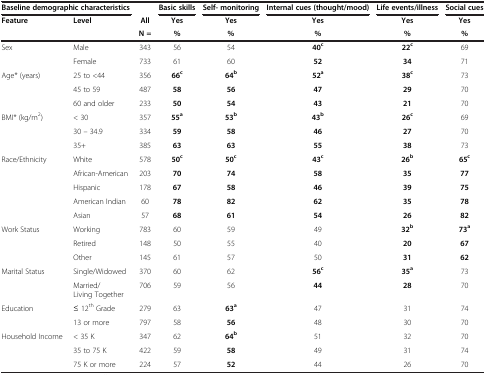
| <COLSPAN=2> Baseline demographic characteristics |  | Basic skills | Self- monitoring | Internal cues (thought/mood) | Life events/illness | Social cues |
 | <ROWSPAN=2> Feature | <ROWSPAN=2> Level | All | Yes | Yes | Yes | Yes | Yes |
 | N = | % | % | % | % | % |
 | --- | --- | --- | --- | --- | --- | --- | --- |
 | <ROWSPAN=2> Sex | Male | 343 | 56 | 54 | 40c | 22c | 69 |
 | Female | 733 | 61 | 60 | 52 | 34 | 71 |
 | <ROWSPAN=3> Age* (years) | 25 to <44 | 356 | 66c | 64b | 52a | 38c | 73 |
 | 45 to 59 | 487 | 58 | 56 | 47 | 29 | 70 |
 | 60 and older | 233 | 50 | 54 | 43 | 21 | 70 |
 | <ROWSPAN=3> BMI* (kg/m2) | < 30 | 357 | 55a | 53b | 43b | 26c | 69 |
 | 30 – 34.9 | 334 | 59 | 58 | 46 | 27 | 70 |
 | 35+ | 385 | 63 | 63 | 55 | 38 | 73 |
 | <ROWSPAN=5> Race/Ethnicity | White | 578 | 50c | 50c | 43c | 26b | 65c |
 | African-American | 203 | 70 | 74 | 58 | 35 | 77 |
 | Hispanic | 178 | 67 | 58 | 46 | 39 | 75 |
 | American Indian | 60 | 78 | 82 | 62 | 35 | 78 |
 | Asian | 57 | 68 | 61 | 54 | 26 | 82 |
 | <ROWSPAN=3> Work Status | Working | 783 | 60 | 59 | 49 | 32b | 73a |
 | Retired | 148 | 50 | 55 | 40 | 20 | 67 |
 | Other | 145 | 61 | 57 | 50 | 31 | 62 |
 | <ROWSPAN=2> Marital Status | Single/Widowed | 370 | 60 | 62 | 56c | 35a | 73 |
 | Married/Living Together | 706 | 59 | 56 | 44 | 28 | 70 |
 | <ROWSPAN=2> Education | ≤ 12th Grade | 279 | 63 | 63a | 47 | 31 | 74 |
 | 13 or more | 797 | 58 | 56 | 48 | 30 | 70 |
 | <ROWSPAN=2> Household Income | < 35 K | 347 | 62 | 64b | 51 | 32 | 70 |
 | 35 to 75 K | 422 | 59 | 58 | 49 | 31 | 74 |
 |  | 75 K or more | 224 | 57 | 52 | 44 | 26 | 70 |